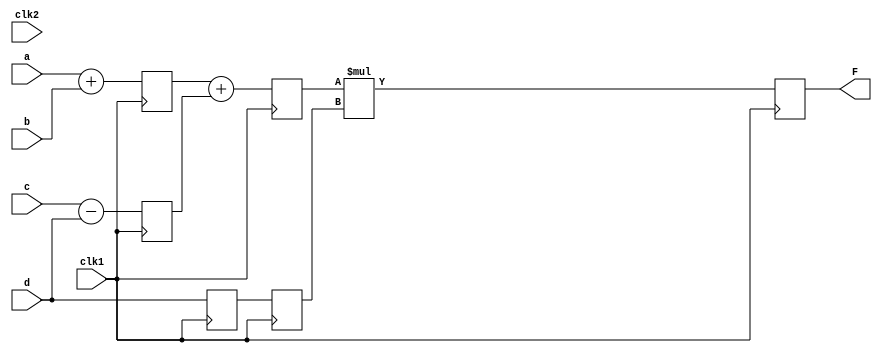
`timescale 1ns / 1ps
//////////////////////////////////////////////////////////////////////////////////
// Company: 
// Engineer: 
// 
// Design Name: 
// Module Name:    alu_op 
// Project Name: 
// Target Devices: 
// Tool versions: 
// Description: 
//
// Dependencies: 
//
// Revision: 
// Revision 0.01 - File Created
// Additional Comments: 
//
//////////////////////////////////////////////////////////////////////////////////
module alu_op(F,a,b,c,d,clk1,clk2);
	parameter N=10;
	
	input [N-1:0] a,b,c,d;
	input clk1,clk2;
	output [N-1:0] F;
	reg [N-1:0] L12_X1, L12_X2, L12_D, L23_X3,L23_D,L34_F;
	
	assign F=L34_F;
	  
	  //stage1
	always@(posedge clk1)
		begin
			L12_X1 <=  a + b;
			L12_X2 <=  c - d;
			L12_D <= d;
		end
		always@(posedge clk1)
			begin
			//stage 2
			 L23_X3 <=  L12_X1 + L12_X2;
			 L23_D  <= L12_D;
			 end
		always@(posedge clk1) begin
			 //stage3 
			 L34_F <=  L23_X3 * L23_D ;
		end

endmodule